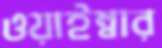
ওয়াইম্বার